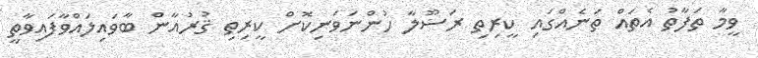
ވީމާ ތަފާތު އެތައް ތަނެއްގައި ކީރިތި ރަސޫލާ ހުންނަވަނިކޮށް ކީރިތި ޤުރުއާން ބާވައިލައްވާފައިވާތީ